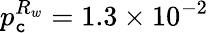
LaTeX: p_{\mathtt{c}}^{R_{w}}=1.3\times10^{-2}